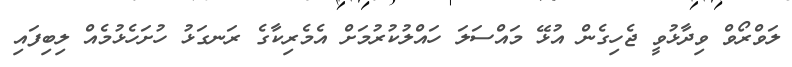
ލަވްރޯވް ވިދާޅުވީ ޖެހިގެން އުޅޭ މައްސަލަ ހައްލުކުރުމަށް އެމެރިކާގެ ރަނގަޅު ހުށަހެޅުމެއް ލިބިފައި